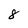
Character: 8